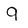
Character: q